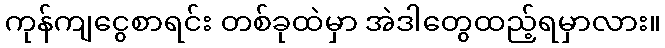
ကုန်ကျငွေစာရင်း တစ်ခုထဲမှာ အဲဒါတွေထည့်ရမှာလား။